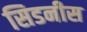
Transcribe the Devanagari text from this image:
सिडनीस